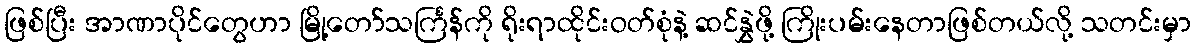
ဖြစ်ပြီး အာဏာပိုင်တွေဟာ မြို့တော်သင်္ကြန်ကို ရိုးရာထိုင်းဝတ်စုံနဲ့ ဆင်နွှဲဖို့ ကြိုးပမ်းနေတာဖြစ်တယ်လို့ သတင်းမှာ